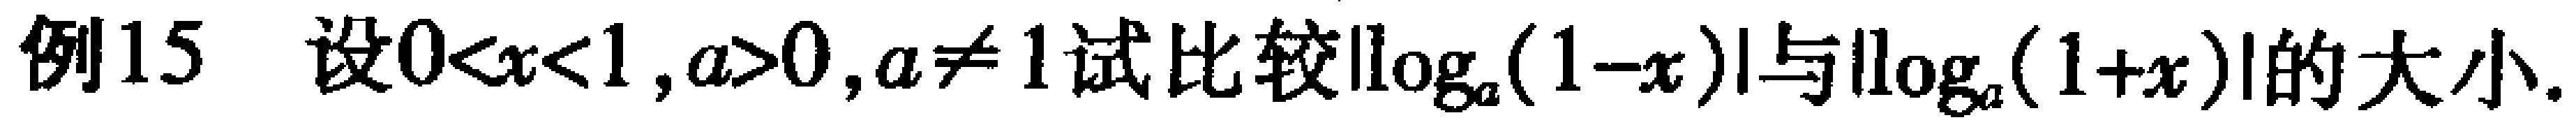
例15 设\(0<x<1,a>0,a\neq1\)试比较\(\vert\log_{a}(1 - x)\vert\)与\(\vert\log_{a}(1 + x)\vert\)的大小。